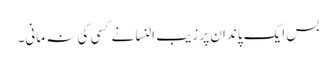
بس ایک پاندان پر زیب النسا نے کسی کی نہ مانی۔